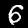
Digit: 6